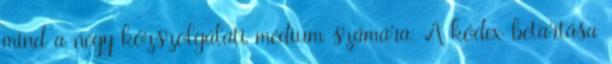
mind a négy közszolgálati médium számára. A kódex betartása